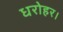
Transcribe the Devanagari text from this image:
धरोहर।